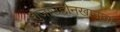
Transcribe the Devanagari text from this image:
शुजाउद्दीनखानाचा